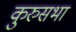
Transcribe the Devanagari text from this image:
कुरुसभा